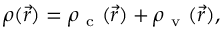
\rho ( \vec { r } ) = \rho _ { \mathrm { ~ c ~ } } ( \vec { r } ) + \rho _ { \mathrm { ~ v ~ } } ( \vec { r } ) ,